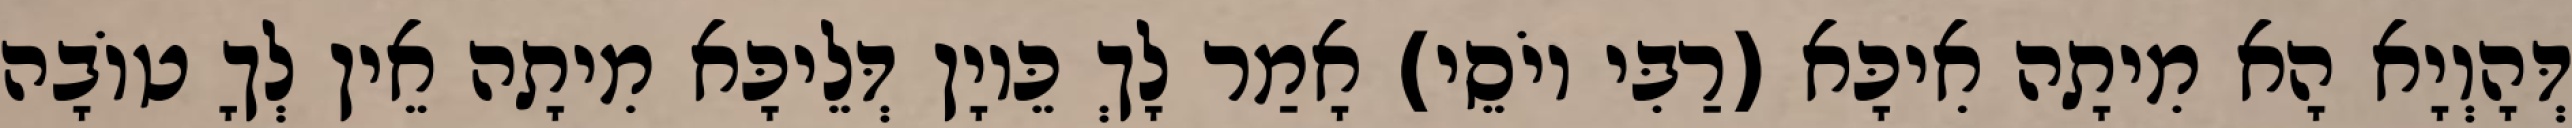
דְּהָוְיָא הָא מִיתָה אִיכָּא (רַבִּי יוֹסֵי) אָמַר לָךְ כֵּיוָן דְּלֵיכָּא מִיתָה אֵין לְךָ טוֹבָה